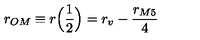
r _ { O M } \equiv r \Big ( \frac { 1 } { 2 } \Big ) = r _ { v } - \frac { r _ { M 5 } } { 4 }